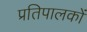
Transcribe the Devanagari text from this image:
प्रतिपालकों